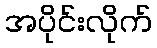
အပိုင်းလိုက်